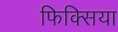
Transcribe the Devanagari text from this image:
फिक्सिया